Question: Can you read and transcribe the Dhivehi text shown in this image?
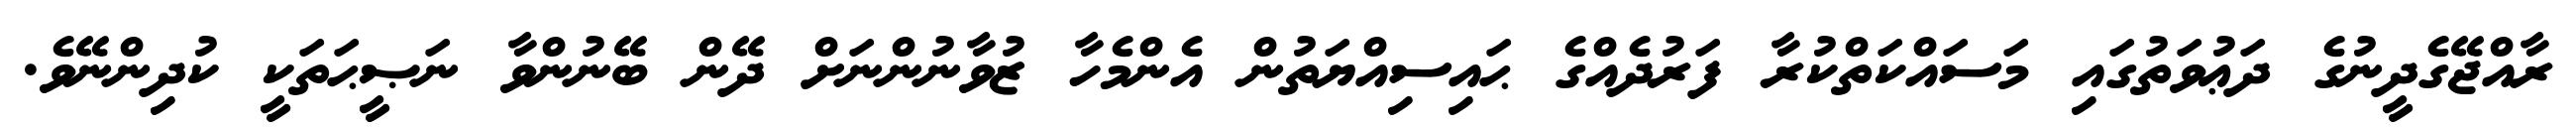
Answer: ރާއްޖޭގެދީނުގެ ދަޢުވަތުގައި މަސައްކަތްކުރާ ފަރުދެއްގެ ޙައިސިއްޔަތުން އެންމެހާ ޒުވާނުންނަށް ދޭން ބޭނުންވާ ނަޞީޙަތަކީ ކުދިންނޭވެ.